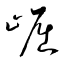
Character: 崛